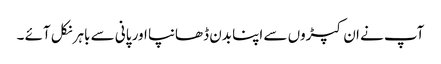
آپ نے ان کپڑوں سے اپنا بدن ڈھانپا اور پانی سے باہر نکل آئے ۔